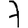
Digit: 7